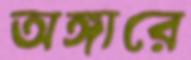
অঙ্গারে